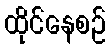
ထိုင်နေစဉ်